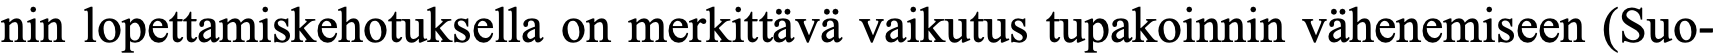
nin lopettamiskehotuksella on merkittävä vaikutus tupakoinnin vähenemiseen (Suo-